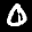
Label: 0